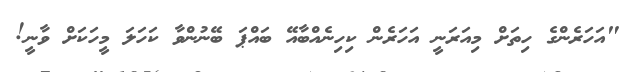
"އަހަރެންގެ ހިތަށް މިއަރަނީ އަހަރެން ކިހިނެއްބާއޭ ބައްޕަ ބޭނުންވާ ކަހަލަ މީހަކަށް ވާނީ!